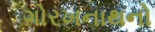
ગોરખનાથનો